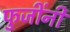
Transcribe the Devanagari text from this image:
फुजींनी